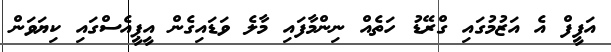
އަފީފް އެ އަޒުމުގައި ގްރޭޑު ހަތެއް ނިންމާފައި މާލެ ވަޑައިގެން އީޕީއެސްގައި ކިޔަވަން